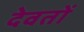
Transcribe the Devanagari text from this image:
देवतों